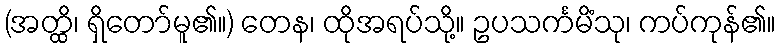
(အတ္ထိ၊ ရှိတော်မူ၏။) တေန၊ ထိုအရပ်သို့။ ဥပသင်္ကမိံသု၊ ကပ်ကုန်၏။